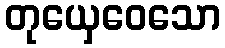
တုယှေဝေသော